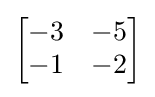
{\begin{bmatrix}-3&-5\\-1&-2\end{bmatrix}}